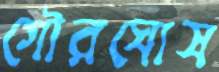
গৌরঘোষ